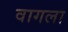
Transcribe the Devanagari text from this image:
वागला